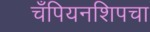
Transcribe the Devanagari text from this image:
चँपियनशिपचा